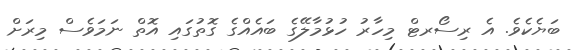
ބަޔެކެވެ. އެ ރިސޯރޓް މިހާރު ހުޅުމާލޭގެ ބައެއްގެ ގޮތުގައި އޮތް ނަމަވެސް މިރަށް